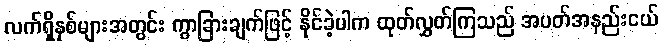
လက်ရှိနှစ်များအတွင်း ကွာခြားချက်ဖြင့် နိုင်ခဲ့ပါက ထုတ်လွှတ်ကြသည် အပတ်အနည်းငယ်